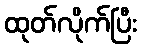
ထုတ်လိုက်ပြီး